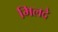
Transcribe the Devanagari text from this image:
मिलदे